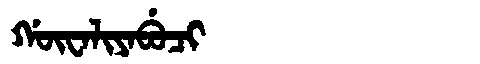
Manchu: ᡤᡡᠸᠠᠯᡳᠶᠠᠪᡠᠴᡳ
Romanization: GŪWALIYABUCI